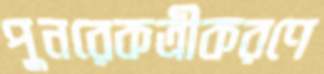
পুনরেকত্রীকরণে